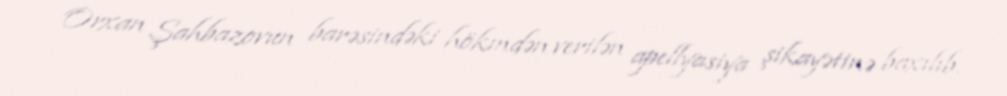
Orxan Şahbazovun barəsindəki hökmdən verilən apellyasiya şikayətinə baxılıb.